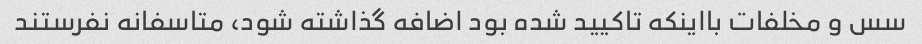
سس و مخلفات بااینکه تاکیید شده بود اضافه گذاشته شود، متاسفانه نفرستند